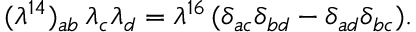
{ ( \lambda ^ { 1 4 } ) _ { a b } \, \lambda _ { c } \lambda _ { d } = \lambda ^ { 1 6 } \, ( \delta _ { a c } \delta _ { b d } - \delta _ { a d } \delta _ { b c } ) . }